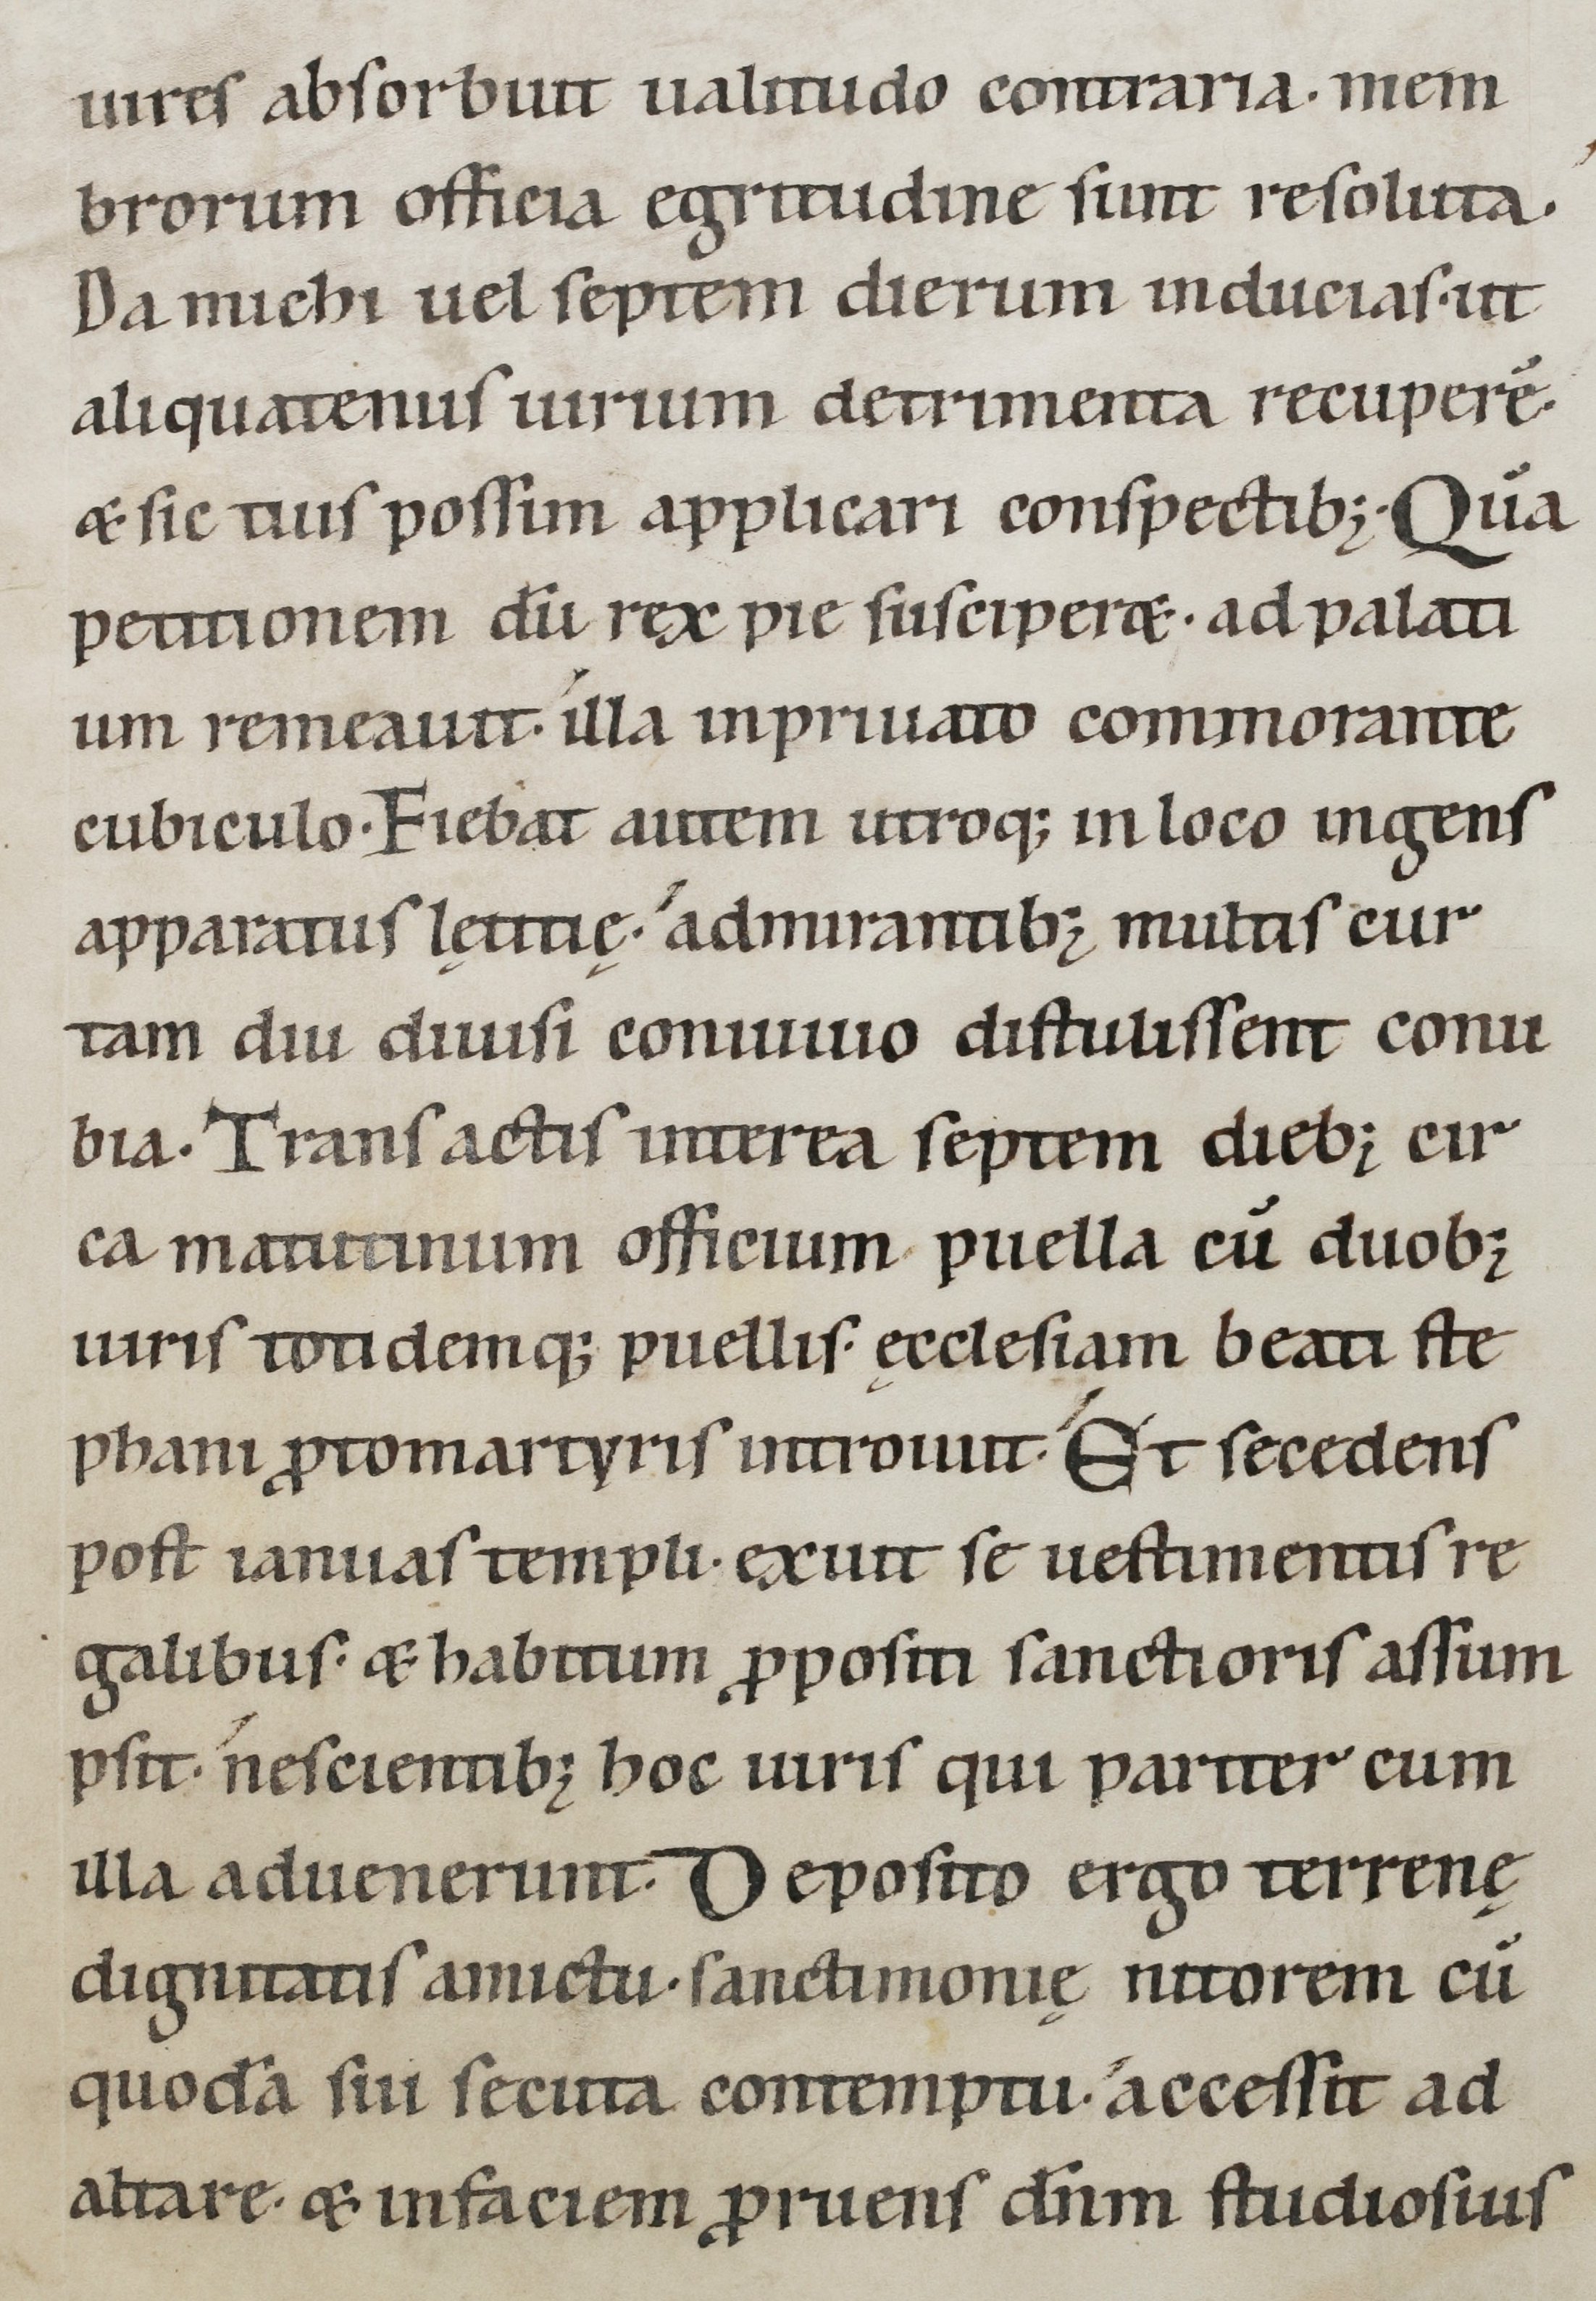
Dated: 1100–1199